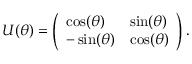
U ( \theta ) = \left( \begin{array} { l l } { \cos ( \theta ) } & { \sin ( \theta ) } \\ { - \sin ( \theta ) } & { \cos ( \theta ) } \end{array} \right) .